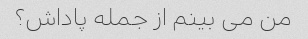
من می بینم از جمله پاداش؟